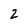
Character: 2